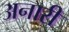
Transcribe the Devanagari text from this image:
अनारी